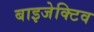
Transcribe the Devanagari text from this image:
बाइजेक्टिव